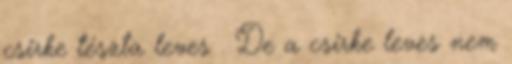
csirke tészta leves . De a csirke leves nem